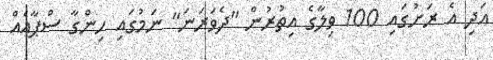
އަދި އެ ރަށުގައި 100 ވިލާގެ އިތުރުން "ދެވަރަނަ" ނަމުގައި ހިންގާ ސްޕާއެއް